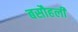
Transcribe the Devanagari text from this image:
बसौहली